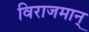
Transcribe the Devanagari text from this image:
विराजमान्‌